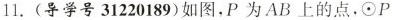
11.(导学号31220189)如图，P为AB上的点，⊙P